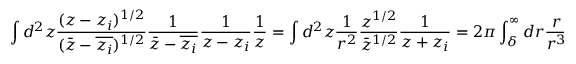
\int d ^ { 2 } z \frac { ( z - z _ { i } ) ^ { 1 / 2 } } { ( \bar { z } - \overline { { z _ { i } } } ) ^ { 1 / 2 } } \frac { 1 } { \bar { z } - \overline { { z _ { i } } } } \frac { 1 } { z - z _ { i } } \frac { 1 } { z } = \int d ^ { 2 } z \frac { 1 } { r ^ { 2 } } \frac { z ^ { 1 / 2 } } { \bar { z } ^ { 1 / 2 } } \frac { 1 } { z + z _ { i } } = 2 \pi \int _ { \delta } ^ { \infty } d r \frac { r } { r ^ { 3 } } = 2 \pi \frac { r _ { i } ^ { - \chi } } { a }